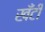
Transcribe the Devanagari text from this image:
खँटी